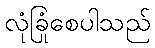
လုံခြုံစေပါသည်